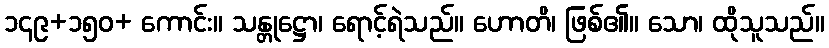
၁၄၉+၁၅၀+ ကောင်း။ သန္တုဋ္ဌော၊ ရောင့်ရဲသည်။ ဟောတိ၊ ဖြစ်၏။ သော၊ ထိုသူသည်။